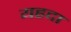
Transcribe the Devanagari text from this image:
यहदा